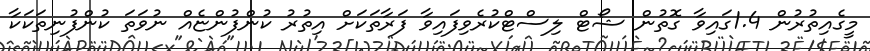
މީގެއިތުރުން 1.4ގައިވާ ގޮތުން ޝޯޓް ލިސްޓްކުރެވިފައިވާ ފަރާތަކަށް އިތުރު ކުންފުންޏެއް ނުވަތަ ކުންފުނިތަކަކާ